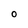
Character: O